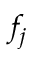
f _ { j }